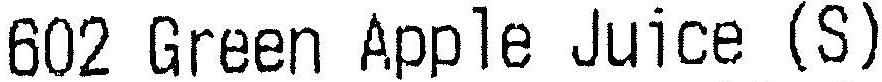
602 GREEN APPLE JUICE (S)